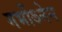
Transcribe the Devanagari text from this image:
गर्भोऽनेन